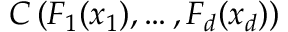
C \left( F _ { 1 } ( x _ { 1 } ) , \dots , F _ { d } ( x _ { d } ) \right)